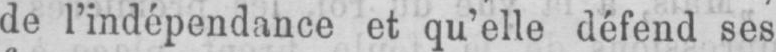
de l’indépendance et qu’elle défend ses